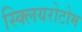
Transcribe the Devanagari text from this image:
स्क्लियरोटोम